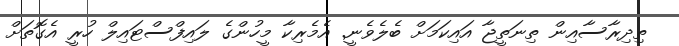
ތިދިރާސާއިން ތިނަތީޖާ އައިކަމަށް ބެލެވެނީ